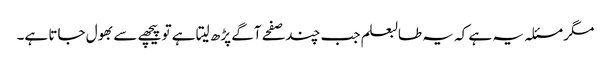
مگر مسئلہ یہ ہے کہ یہ طالبعلم جب چند صفحے آگے پڑھ لیتا ہے تو پیچھے سے بھول جاتا ہے۔